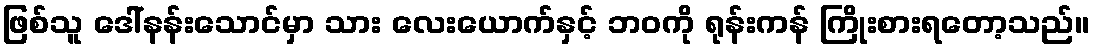
ဖြစ်သူ ဒေါ်နန်းသောင်မှာ သား လေးယောက်နှင့် ဘဝကို ရုန်းကန် ကြိုးစားရတော့သည်။